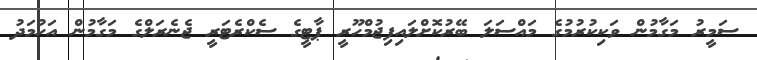
ސަމީރު މަގާމުން ވަކިކުރުމުގެ މައްސަލަ ބޭރުކޮށްލައިފިޖުމްހޫރީ ޕާޓީގެ ސެކްރެޓަރީ ޖެނެރަލްގެ މަގާމުން އަހުމަދު